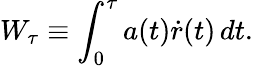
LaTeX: W_{\tau}\equiv\int_{0}^{\tau}a(t)\dot{r}(t)\, dt.